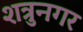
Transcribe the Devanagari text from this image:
शत्रुनगर